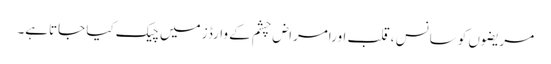
مریضوں کو سانس ،قلب اورامراض چشم کے وارڈز میں چیک کیا جاتاہے۔